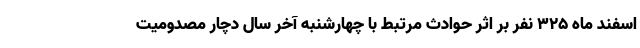
اسفند ماه ۳۲۵ نفر بر اثر حوادث مرتبط با چهارشنبه آخر سال دچار مصدومیت